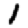
Digit: 1